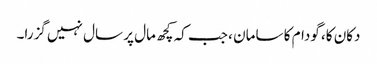
دکان کا، گودام کا سامان ، جب کہ کچھ مال پر سال نہیں گزرا۔